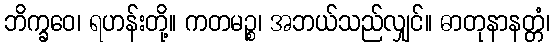
ဘိက္ခဝေ၊ ရဟန်းတို့။ ကတမဉ္စ၊ အဘယ်သည်လျှင်။ ဓာတုနာနတ္တံ၊